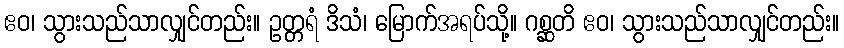
ဧဝ၊ သွားသည်သာလျှင်တည်း။ ဥတ္တရံ ဒိသံ၊ မြောက်အရပ်သို့။ ဂစ္ဆတိ ဧဝ၊ သွားသည်သာလျှင်တည်း။